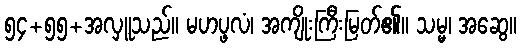
၅၄+၅၅+အလှူသည်။ မဟပ္ဖလံ၊ အကျိုးကြီးမြတ်၏။ သမ္မ၊ အဆွေ။